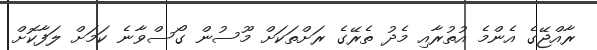
ރާއްޖޭގެ އެންމެ އުތުރާއި މެދު ތެރޭގެ ރަށްތަކަށް މޫސުން ގޯސްވާނެ ކަމަށް ލަފާކޮށް